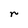
Character: r